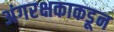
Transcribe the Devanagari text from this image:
अंगरक्षकाकडून